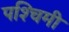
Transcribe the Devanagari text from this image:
पश्‍चिमी